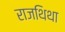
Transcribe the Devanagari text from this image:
राजथिथा